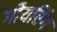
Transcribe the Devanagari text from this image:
गीयरिंग